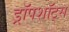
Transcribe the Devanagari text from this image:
ड्रॉपशॉट्स